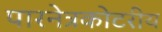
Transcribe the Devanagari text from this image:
पारनेत्रकोटरीय